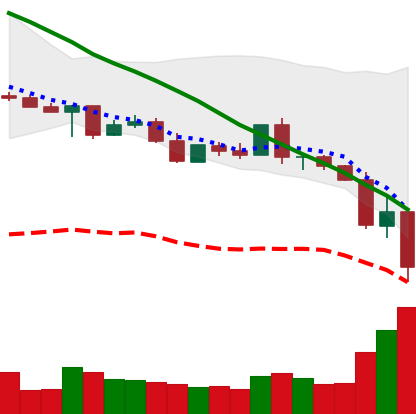
Ticker: XLM-USD
Chart end date: 2022-05-11
Forward return: 8.17%
Label: up_7plus